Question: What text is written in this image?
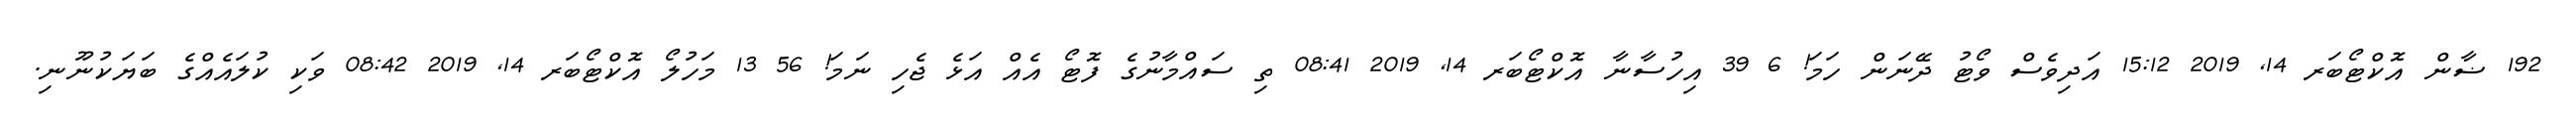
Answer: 192 ޟާން އޮކްޓޯބަރ 14, 2019 15:12 އަދިވެސް ވޯޓު ދޭނަން ހަމަ! 6 39 އިހުސާނާ އޮކްޓޯބަރ 14, 2019 08:41 ތި ސައްމާނުގެ ފޮޓޯ އެއް އަޅެ ޖެހި ނަމަ! 56 13 މަހުލޯ އޮކްޓޯބަރ 14, 2019 08:42 ވަކި ކުލައެއްގެ ބަޔަކުނޫނި.